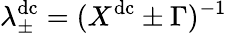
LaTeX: \lambda_{\pm}^{\mathrm{dc}}=(X^{\mathrm{dc}}\pm\Gamma)^{-1}